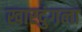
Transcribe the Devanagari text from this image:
खारदुंगला